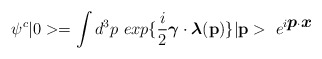
\begin{align*}\psi^{c} |0> = \int d^{3} p~ exp \{ \frac{i}{2} \mbox{\boldmath $\gamma$} \cdot \mbox{\boldmath $\lambda$}({\bf p}) \} |{\bf p}> ~e^{i \mbox{\boldmath $p$} \cdot \mbox{\boldmath $x$}}\end{align*}